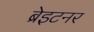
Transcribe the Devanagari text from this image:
ब्रेइटनर